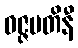
ဝဇ္ဇမတိနီ